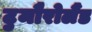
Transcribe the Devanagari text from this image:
टुमौरोलैंड